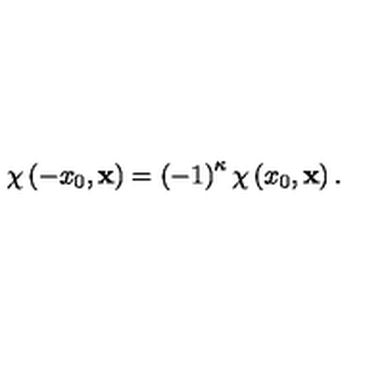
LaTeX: \chi \left( - x _ { 0 } , \mathbf { x } \right) = \left( - 1 \right) ^ { \kappa } \chi \left( x _ { 0 } , \mathbf { x } \right) .